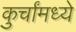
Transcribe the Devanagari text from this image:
कुर्चांमध्ये